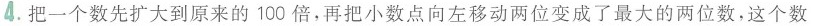
4.把一个数先扩大到原来的100倍，再把小数点向左移动两位变成了最大的两位数，这个数